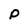
Character: p